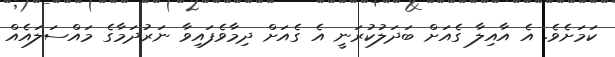
ކަމަށެވެ. އެ އާއިލާ ގެއަށް ބަދަލުކުރަނީ އެ ގެއަށް ދިމާވެފައިވާ ނަރުދަމާގެ މައްސަލައެއް